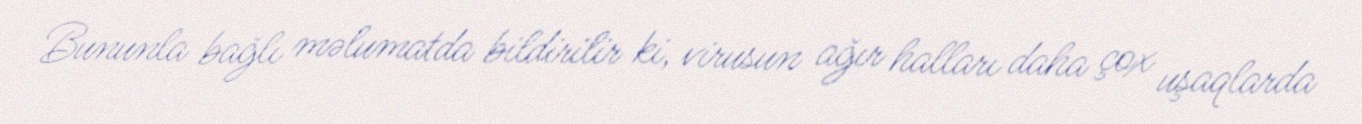
Bununla bağlı məlumatda bildirilir ki, virusun ağır halları daha çox uşaqlarda